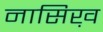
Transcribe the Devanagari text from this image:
नासिख़